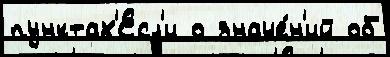
пунктах'Есл'и о значе́н'ий об